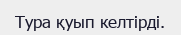
Тура қуып келтірді.